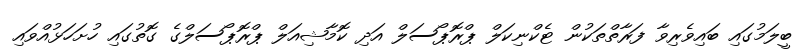
ބީލަމުގައި ބައިވެރިވާ ފަރާތްތަކުން ޓެކްނިކަލް ޕްރޮޕޯސަލް އަދި ކޮމާޝިއަލް ޕްރޮޕޯސަލްގެ ގޮތުގައި ހުށަހަޅުއްވައި